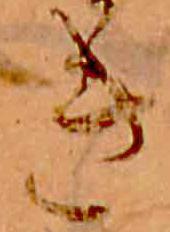
き